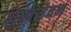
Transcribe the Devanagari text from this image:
मुखसेवन